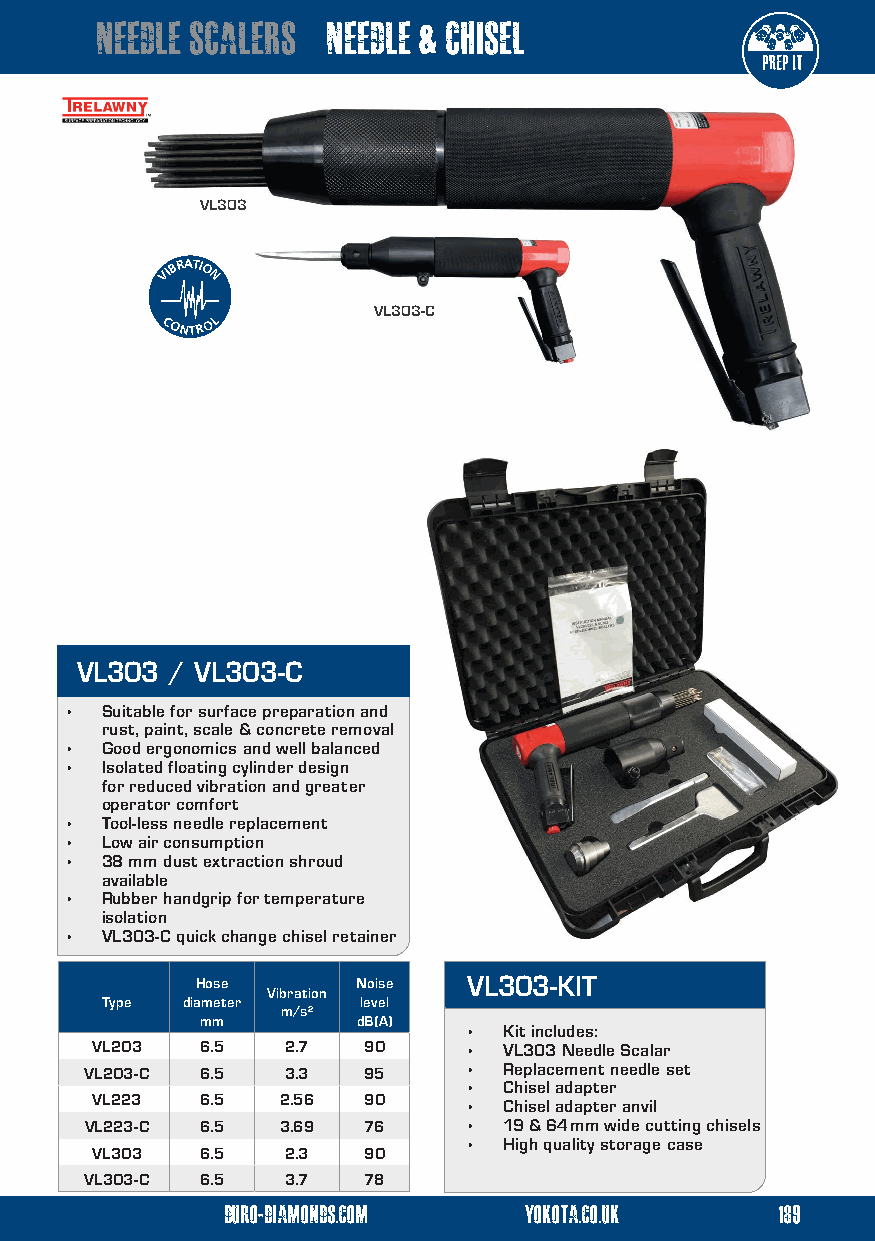
needle scalers  needle & chisel
 VL303
 VIBRATIO
 N
 VL303-C
 VL303-C
 CONTROL
 VL303 / VL303-C
 •  Suitable for surface preparation and
 rust, paint, scale & concrete removal
 •  Good ergonomics and well balanced
 •  Isolated floating cylinder design
 for reduced vibration and greater
 operator comfort
 •  Tool-less needle replacement
 •  Low air consumption
 •  38 mm dust extraction shroud
 available
 •  Rubber handgrip for temperature
 isolation
 •  VL303-C quick change chisel retainer
 Hose       Noise  VL303-KIT
 Vibration
 Type diameter    level
 m/s²
 mm         dB(A)
 • Kit includes:
 VL203  6.5   2.7  90     • VL303 Needle Scalar
 VL203-C 6.5  3.3  95     • Replacement needle set
 • Chisel adapter
 VL223  6.5  2.56  90     • Chisel adapter anvil
 VL223-C 6.5 3.69  76     • 19 & 64 mm wide cutting chisels
 • High quality storage case
 VL303  6.5   2.3  90
 VL303-C 6.5  3.7  78
 duro-diamonds.com   yokota.co.uk    189